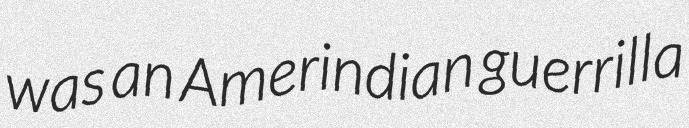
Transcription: was an Amerindian guerrilla